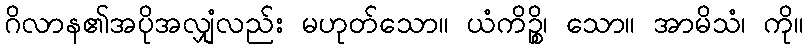
ဂိလာန၏အပိုအလျှံလည်း မဟုတ်သော။ ယံကိဉ္စိ၊ သော။ အာမိသံ၊ ကို။